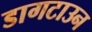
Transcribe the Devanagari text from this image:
डागटाउन